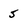
Character: 5